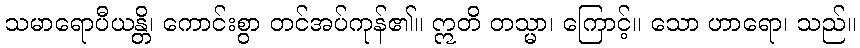
သမာရောပီယန္တိ၊ ကောင်းစွာ တင်အပ်ကုန်၏။ ဣတိ တသ္မာ၊ ကြောင့်။ သော ဟာရော၊ သည်။